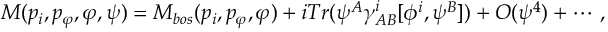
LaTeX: M ( p _ { i } , p _ { \varphi } , \varphi , \psi ) = M _ { b o s } ( p _ { i } , p _ { \varphi } , \varphi ) + i T r ( \psi ^ { A } \gamma _ { A B } ^ { i } [ \phi ^ { i } , \psi ^ { B } ] ) + O ( \psi ^ { 4 } ) + \cdots \, ,